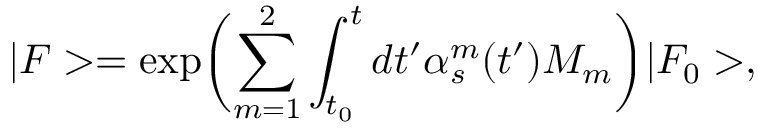
| F > = \exp \biggl ( \sum _ { m = 1 } ^ { 2 } \int _ { t _ { 0 } } ^ { t } d t ^ { \prime } \alpha _ { s } ^ { m } ( t ^ { \prime } ) M _ { m } \biggr ) | F _ { 0 } > ,